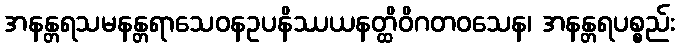
အနန္တရသမနန္တရာသေဝနဥပနိဿယနတ္ထိဝိဂတဝသေန၊ အနန္တရပစ္စည်း